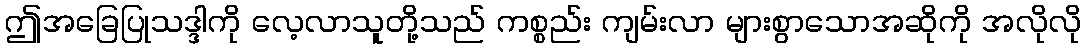
ဤအခြေပြုသဒ္ဒါကို လေ့လာသူတို့သည် ကစ္စည်း ကျမ်းလာ များစွာသောအဆိုကို အလိုလို